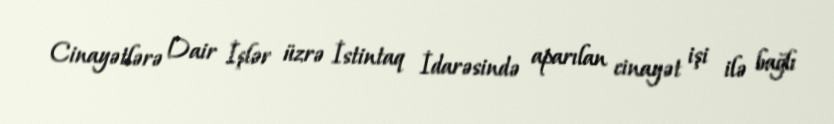
Cinayətlərə Dair İşlər üzrə İstintaq İdarəsində aparılan cinayət işi ilə bağlı